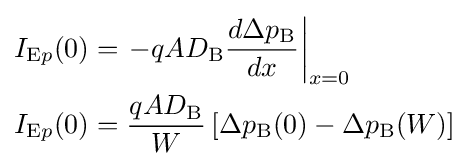
{\begin{aligned}I_{{\text{E}}p}(0)&=\left.-qAD_{\text{B}}{\frac {d\Delta p_{\text{B}}}{dx}}\right|_{x=0}\\I_{{\text{E}}p}(0)&={\frac {qAD_{\text{B}}}{W}}\left[\Delta p_{\text{B}}(0)-\Delta p_{\text{B}}(W)\right]\end{aligned}}